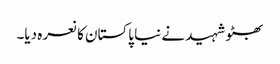
بھٹو شہید نے نیا پاکستان کا نعرہ دیا۔